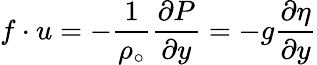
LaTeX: f\cdot u=-\frac{1}{\rho_{\circ}}\frac{\partial P}{\partial y}=-g\frac{\partial\eta}{\partial y}